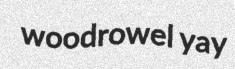
woodrowel yay